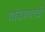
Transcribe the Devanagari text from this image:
थांबण्याची